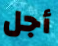
أجل